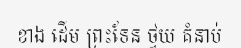
ខាង ដើម ព្រះទែន ថ្វយ គំនាប់